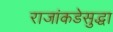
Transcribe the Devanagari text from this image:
राजांकडेसुद्धा